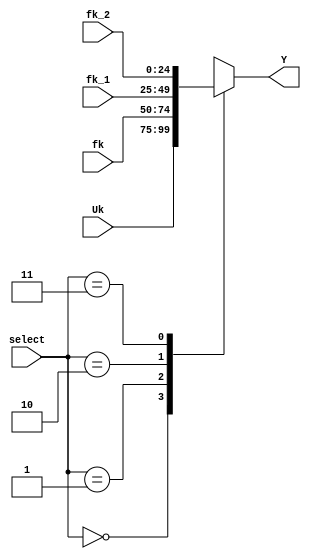
`timescale 1ns / 1ps
//////////////////////////////////////////////////////////////////////////////////
// Company: 
// Engineer: 
// 
// Design Name: 
// Module Name:    Mux_Ac 
// Project Name: 
// Target Devices: 
// Tool versions: 
// Description: 
//
// Dependencies: 
//
// Revision: 
// Revision 0.01 - File Created
// Additional Comments: 
//
//////////////////////////////////////////////////////////////////////////////////
module Mux_Fk  #(parameter N = 25 /* Valor de N*/)(
	input wire[1:0] select,
	input wire signed[N-1:0] fk,fk_1,fk_2,Uk,
	output reg signed[N-1:0] Y
    );
	 
   always @(select,fk,fk_1,fk_2,Uk)
		begin
				case (select)
					2'b00: Y = Uk;
					2'b01: Y = fk;
					2'b10: Y = fk_1;
					2'b11: Y = fk_2;
					default: Y = 0;
				endcase
		end
endmodule